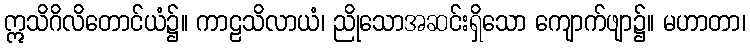
ဣသိဂိလိတောင်ယံ၌။ ကာဠသိလာယံ၊ ညိုသောအဆင်းရှိသော ကျောက်ဖျာ၌။ မဟာတာ၊